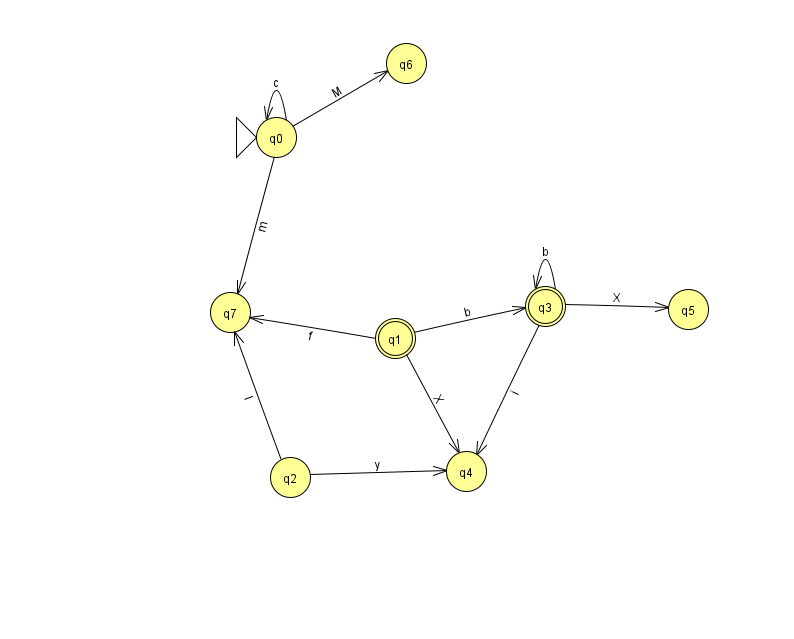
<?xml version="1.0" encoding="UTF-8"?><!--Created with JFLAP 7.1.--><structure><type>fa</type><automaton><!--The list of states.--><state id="0" name="q0"><x>276.0</x><y>124.0</y><initial/></state><state id="1" name="q1"><x>395.0</x><y>325.0</y><final/></state><state id="2" name="q2"><x>290.0</x><y>464.0</y></state><state id="3" name="q3"><x>545.0</x><y>293.0</y><final/></state><state id="4" name="q4"><x>466.0</x><y>458.0</y></state><state id="5" name="q5"><x>688.0</x><y>296.0</y></state><state id="6" name="q6"><x>406.0</x><y>50.0</y></state><state id="7" name="q7"><x>230.0</x><y>299.0</y></state><!--The list of transitions.--><transition><from>2</from><to>7</to><read>I</read></transition><transition><from>3</from><to>3</to><read>b</read></transition><transition><from>0</from><to>0</to><read>c</read></transition><transition><from>2</from><to>4</to><read>y</read></transition><transition><from>3</from><to>5</to><read>X</read></transition><transition><from>3</from><to>4</to><read>i</read></transition><transition><from>1</from><to>7</to><read>f</read></transition><transition><from>0</from><to>6</to><read>M</read></transition><transition><from>1</from><to>3</to><read>b</read></transition><transition><from>0</from><to>7</to><read>m</read></transition><transition><from>1</from><to>4</to><read>X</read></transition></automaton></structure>